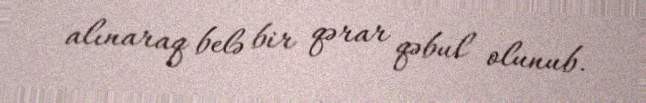
alınaraq belə bir qərar qəbul olunub.